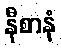
နီစာနံ